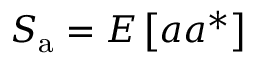
S _ { \mathrm { a } } = E \left[ a a ^ { \ast } \right]